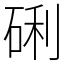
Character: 䂰